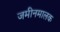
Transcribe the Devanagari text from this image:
जमीनमालक